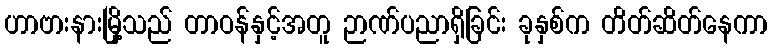
ဟာဗားနားမြို့သည် တာဝန်နှင့်အတူ ဉာဏ်ပညာရှိခြင်း ခုနှစ်က တိတ်ဆိတ်နေကာ